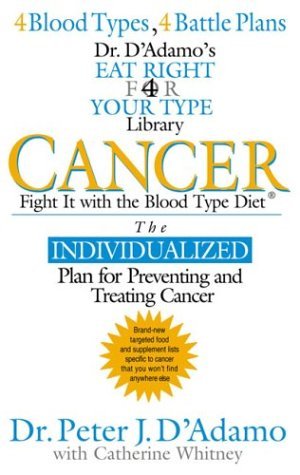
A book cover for By Dr. Peter J. D'Adamo Cancer: Fight It with the Blood Type Diet (Dr. Peter J. D'Adamo's Eat Right 4 Your Type Health Libra (1st Frist Edition) [Hardcover]; Health, Fitness & Dieting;